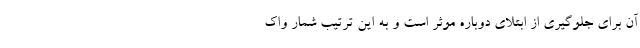
آن برای جلوگیری از ابتلای دوباره موثر است و به این ترتیب شمار واک